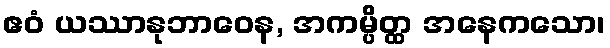
ဧဝံ ယဿာနုဘာဝေန, အကမ္ပိတ္ထ အနေကသော၊